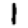
Digit: 1